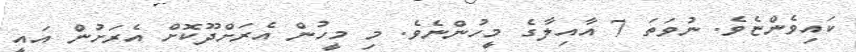
ކައިވެންޏެވެ. ނުވަތަ 7 އާއިލާގެ މީހުންނެވެ. މި މީހުން އެރަށްދޫކޮށް އެރަށުން އައީ